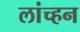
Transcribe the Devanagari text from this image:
लांच्हन